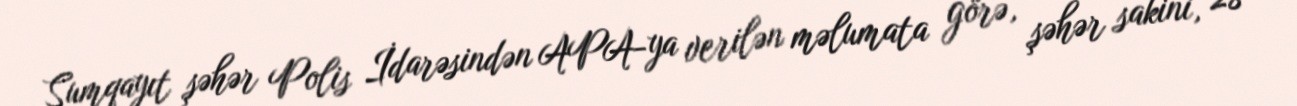
Sumqayıt şəhər Polis İdarəsindən APA-ya verilən məlumata görə, şəhər sakini, 28